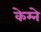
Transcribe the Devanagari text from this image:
केम्ने